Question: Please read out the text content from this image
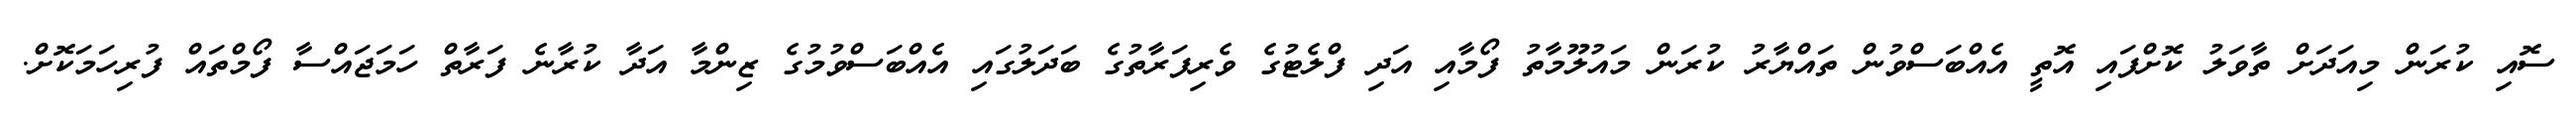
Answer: ސޮއި ކުރަން މިއަދަށް ތާވަލު ކޮށްފައި އޮތީ އެއްބަސްވުން ތައްޔާރު ކުރަން މައުލޫމާތު ފޯމާއި އަދި ފްލެޓުގެ ވެރިފަރާތުގެ ބަދަލުގައި އެއްބަސްވުމުގެ ޒިންމާ އަދާ ކުރާނެ ފަރާތް ހަމަޖައްސާ ފޯމްތައް ފުރިހަމަކޮށް.